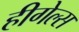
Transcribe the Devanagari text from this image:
हीगेल्स